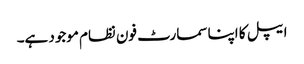
ایپل کا اپنا سمارٹ فون نظام موجود ہے۔